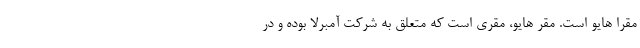
مقرا هایو است. مقر هایو، مقری است که متعلق به شرکت آمبرلا بوده و در